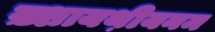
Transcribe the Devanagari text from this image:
ख़्शायथ़ीयनम